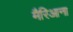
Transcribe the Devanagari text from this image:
मैरिआना